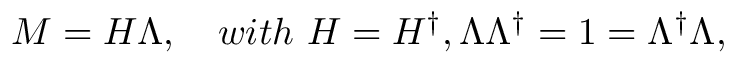
M = H \Lambda , \quad w i t h \ H = H ^ { \dagger } , \Lambda \Lambda ^ { \dagger } = 1 = \Lambda ^ { \dagger } \Lambda ,